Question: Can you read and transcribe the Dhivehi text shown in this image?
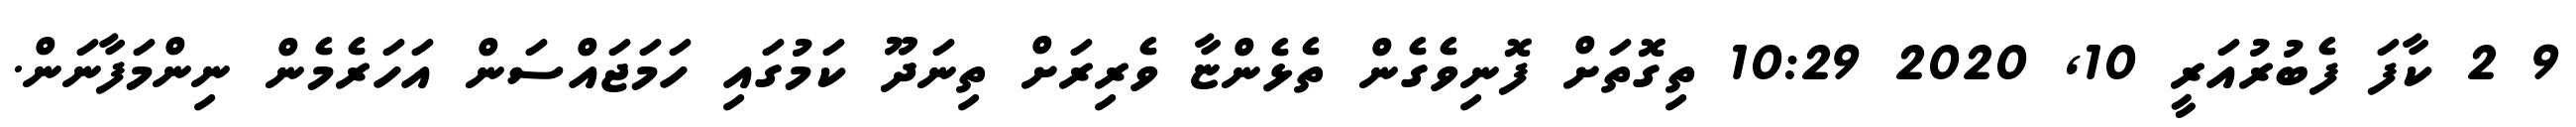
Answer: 9 2 ކާފަ ފެބުރުއަރީ 10, 2020 10:29 ތިގޮތަށް ފޮނިވެގެން ތެޅެންޏާ ވެރިރަށް ތިނަދޫ ކަމުގައި ހަމަޖައްސަން އަހަރެމެން ނިންމަފާނަން.